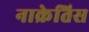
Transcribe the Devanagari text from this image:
नाक्रेतिस